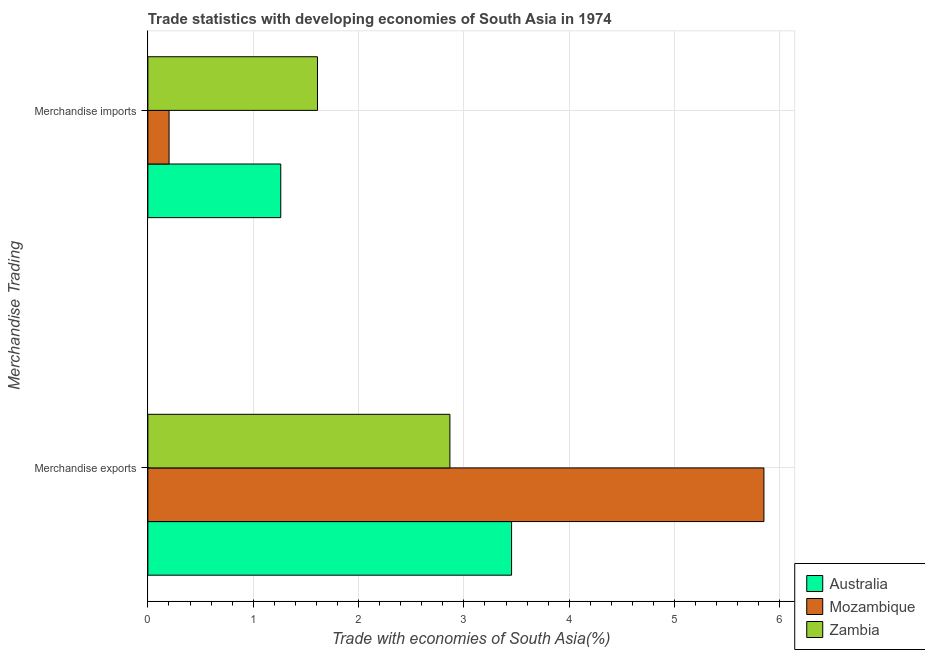
| Merchandise Trading | Australia | Mozambique | Zambia |
 | --- | --- | --- | --- |
 | Merchandise exports | 3.45 | 5.85 | 2.87 |
 | Merchandise imports | 1.26 | 0.201 | 1.61 |